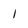
Character: 1